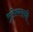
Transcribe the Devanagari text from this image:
भुलेश्वराची